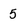
Character: 5